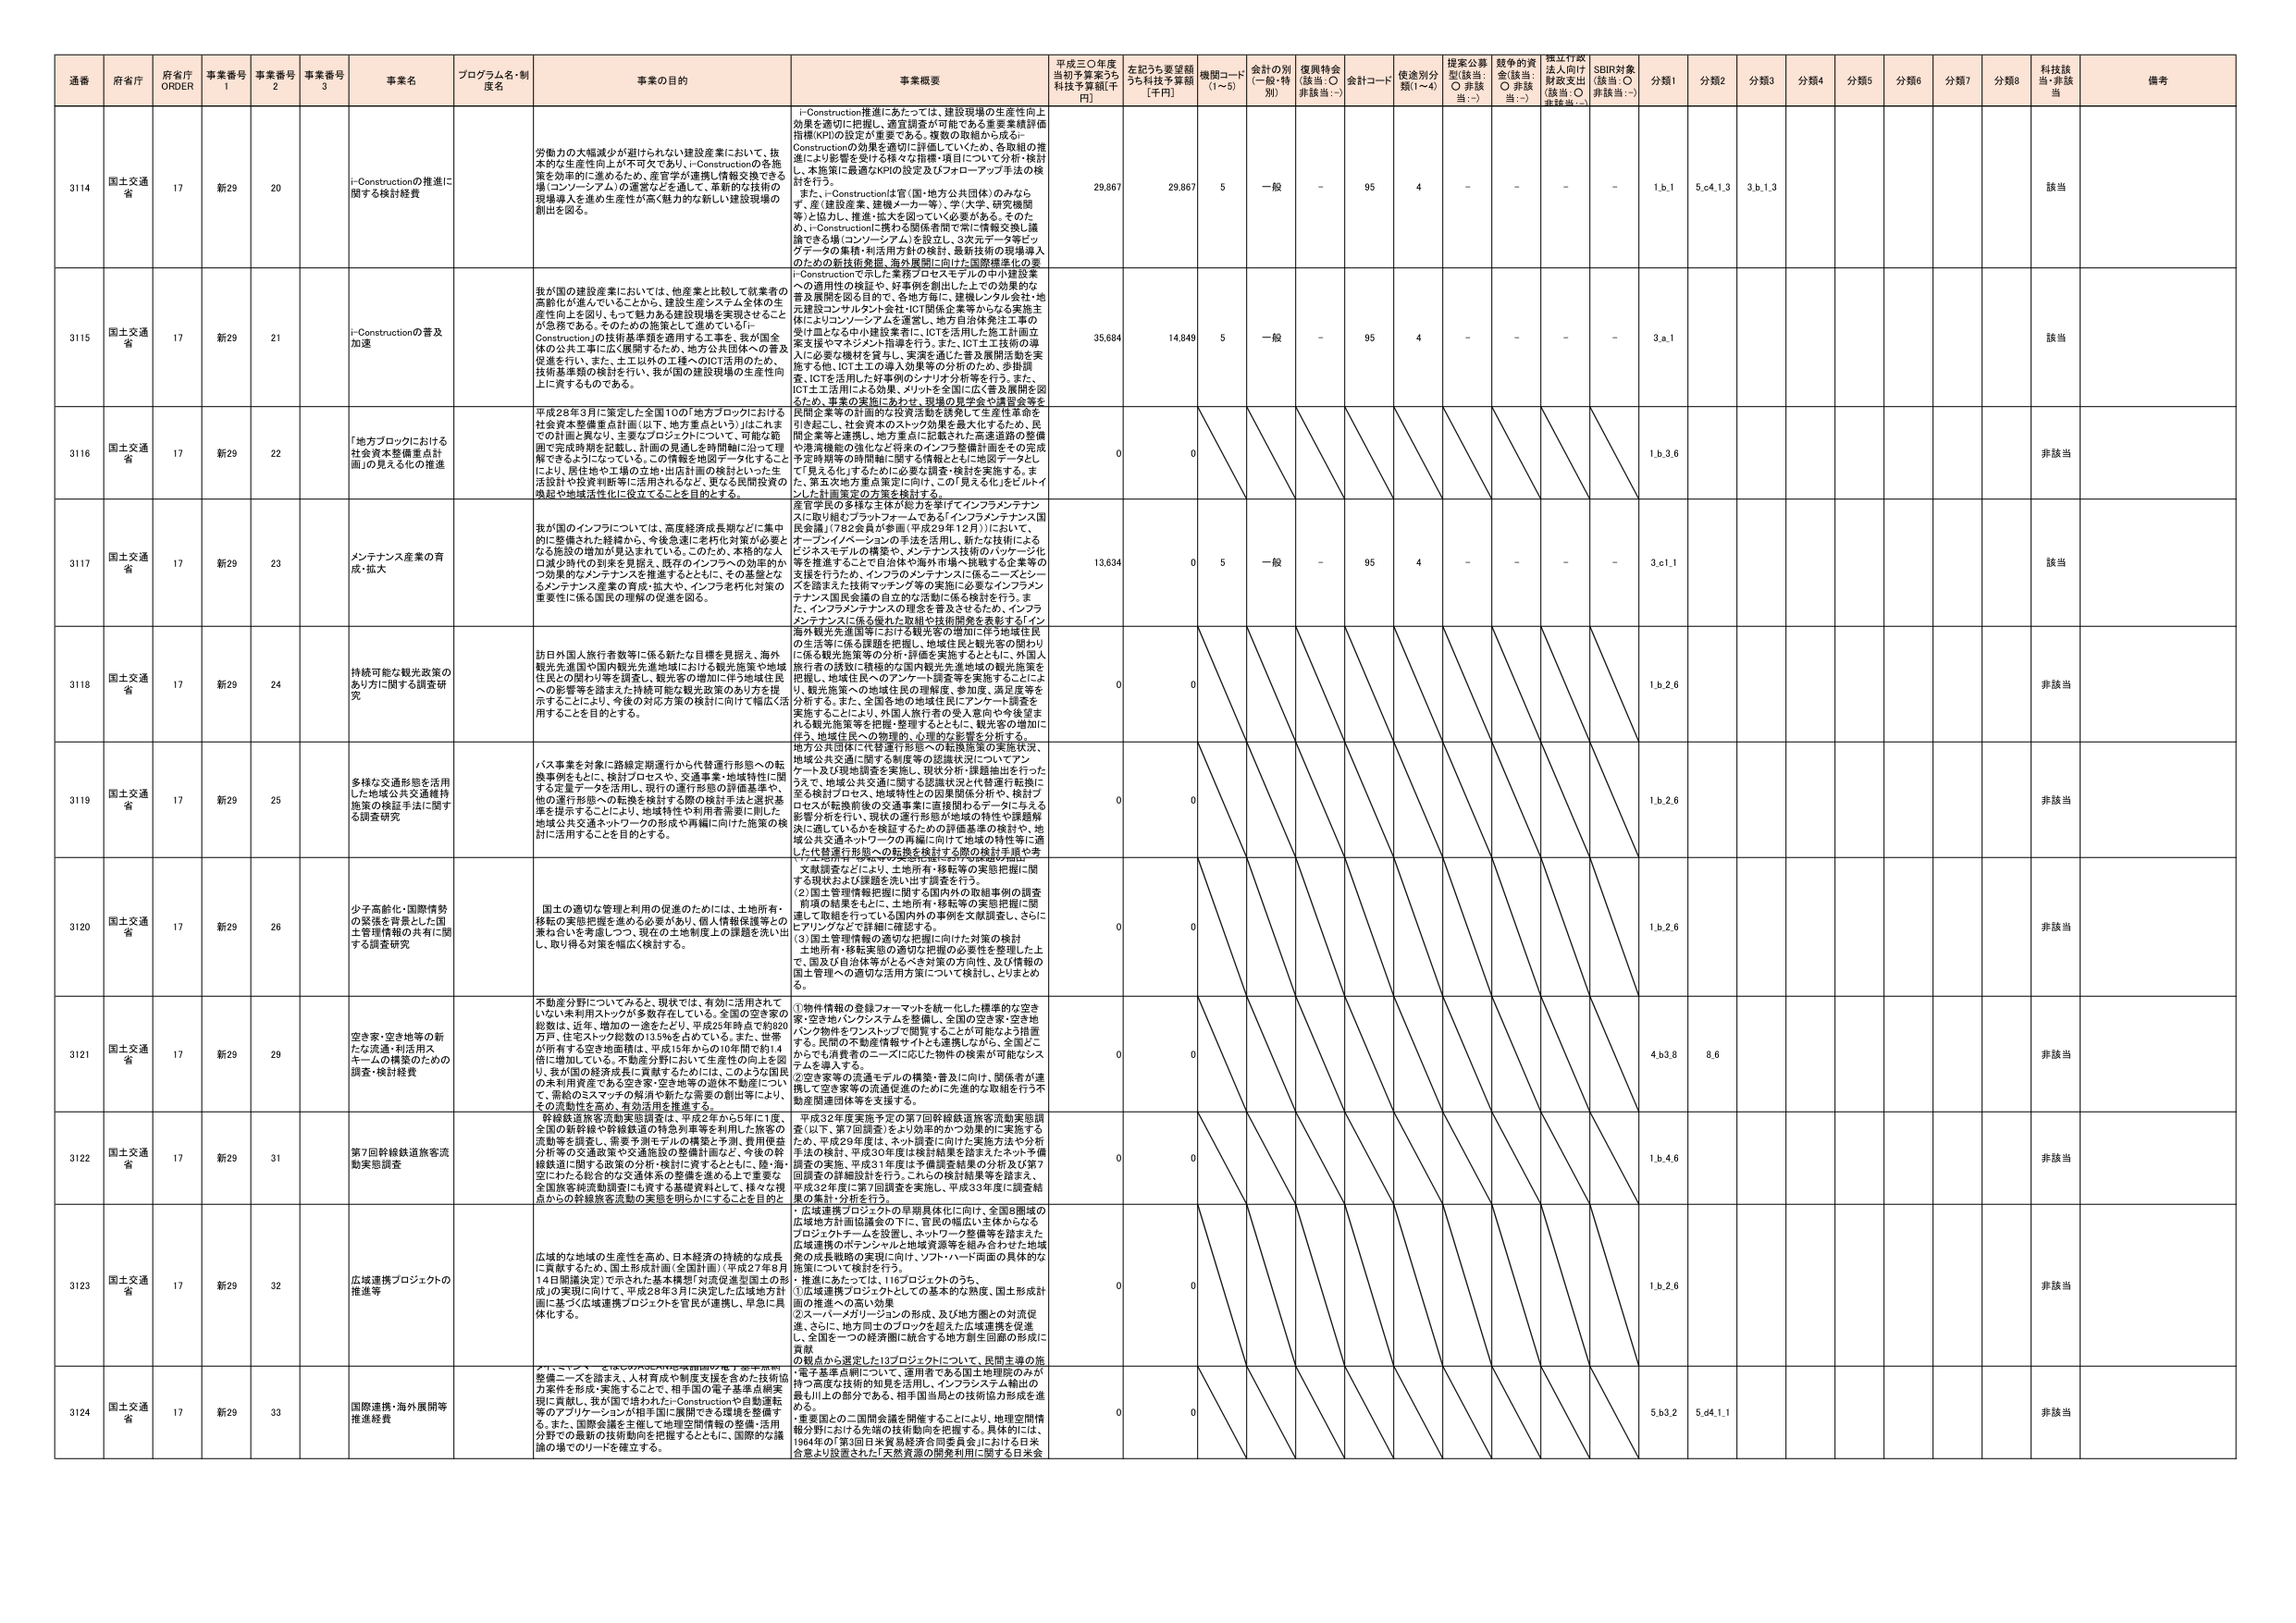
通番 府省庁 府省庁 ORDER 事業番号 1 事業番号 2 事業番号 3 事業名 プログラム名・制度名 事業の目的 事業概要 平成三〇年度当初予算案うち科技予算額[千円] 左記うち要望額うち科技予算額[千円] 機関コード(1～5) 会計の別(一般・特別) 復興特会(該当:○ 非該当:－) 会計コード 使途別分類(1～4) 提案公募型(該当:○ 非該当:－) 競争的資金(該当:○ 非該当:－) 標江行政法人向け財政支出(該当:○ 非該当:－) SDBI対象(該当:○ 非該当:－) 分類1 分類2 分類3 分類4 分類5 分類6 分類7 分類8 科技該当・非該当 備考

3114 国土交通省 17 新29 20 i-Constructionの推進に関する検討経費 i-Construction推進にあたっては、建設現場の生産性向上効果を適切に把握し、適宜調査が可能である重要業績評価指標(KPI)の設定が重要である。複数の取組から成るi-Constructionの効果を適切に評価していくため、各取組の推進により影響を受ける様々な指標・項目について分析・検討し、本施策に最適なKPIの設定及びフォローアップ手法の検討を行う。 また、i-Constructionは官(国・地方公共団体)のみならず、産(建設産業、建築メーカー等)、学(大学、研究機関等)と協力し、推進・拡大を図っていく必要がある。そのため、i-Constructionに携わる関係者間で常に情報交換し議論できる場(コンソーシアム)を設立し、3次元データ等ビッグデータの集積・利活用方針の検討、最新技術の現場導入のための技術支援、海外展開に向けた国際標準化の要請、i-Constructionで示した業務プロセスモデルの中小建設業への適用性の検証や、好事例を創出したことでの効果的な普及展開を図る目的で、各地方局に、建機レンタル会社・地元建設コンサルタント会社・ICT関係企業等からなる実施主体によりコンソーシアムを運営し、地方自治体発注工事の受け皿となる中小建設業者に、ICTを活用した施工計画立案支援やマネジメント指導を行う。また、ICT土工技術の導入に必要な機材を貸与し、実演を通じた普及展開活動を実施する他、ICT土工の導入効果等の分析のため、歩幅調査、ICTを活用した好事例のシナリオ分析等を行う。また、ICT土工活用による効果、メリットを全国に広く普及展開を図るため、事業の実施にあわせ、現場の見学会や講習会等を民間企業等の計画的投資誘発を誘発して生産性革命を引き起こし、社会資本のストック効果を最大化するため、民間企業等と連携し、地方重点に記載された高速道路の整備や港湾機能の強化など将来のインフラ整備計画をその完成予定時期等の時間軸に関する情報をともに地図データとして「見える化」するために必要な調査・検討を実施する。また、第五次地方重点策定に向け、この「見える化」をビルトインした計画策定の方策を検討する。 29,867 29,867 5 一般 － 95 4 － － － － 1.b.1 5.c4.1.3 3.b.1.3 該当

3115 国土交通省 17 新29 21 i-Constructionの普及加速 我が国の建設産業においては、他産業と比較して就業者の高齢化が進んでいることから、建設生産システム全体の生産性向上を図り、もって魅力ある建設現場を実現させることが必要である。そのための施策として進めているi-Constructionの技術基準等を適用することを、我が国全体の公共工事に広く展開するため、地方公共団体への普及促進を行い、また、土工以外の工種へのICT活用のため、技術基準等の検討を行い、我が国の建設現場の生産性向上に資するものである。 35,684 14,849 5 一般 － 95 4 － － － － 3.a.1 該当

3116 国土交通省 17 新29 22 「地方ブロックにおける社会資本整備重点計画」の見える化の推進 平成28年3月に策定した全国10の「地方ブロックにおける社会資本整備重点計画（以下、地方重点という）」はこれまでの計画と異なり、主要なプロジェクトについて、可能な範囲で完成時期を記載し、計画の見通しを時間軸に沿って理解できるようになっている。この情報を地図データ化することにより、居住地や工場の立地・出店計画の検討といった生活設計や投資判断等に活用されるなど、更なる民間投資の喚起や地域活性化に役立てることを目的とする。 0 0 1.b.3.6 非該当

3117 国土交通省 17 新29 23 メンテナンス産業の育成・拡大 我が国のインフラについては、高度経済成長期などに集中的に整備された経緯から、今後急速に老朽化対策が必要となる施設の増加が見込まれている。このため、本格的な人口減少時代の到来を見据え、既存のインフラへの効率的かつ効果的なメンテナンスを推進するとともに、その基盤となるメンテナンス産業の育成・拡大や、インフラ老朽化対策の重要性に係る国民の理解の促進を図る。 産官学民の多様な主体が総力を挙げてインフラメンテナンスに取り組むプラットフォームである「インフラメンテナンス国民会議」（782会員が参画）（平成29年12月）において、オープンイノベーションの手法を活用し、新たな技術によるビジネスモデルの構築や、メンテナンス技術のパッケージ化等を推進することで自治体や海外市場へ挑戦する企業等の支援を行うため、インフラのメンテナンスに係るニーズとシーズを踏まえた技術マッチング等の実施に必要なインフラメンテナンス国民会議の自立的な活動に係る検討を行う。また、インフラメンテナンスの理念を普及させるため、インフラメンテナンスに係る優れた取組や技術開発を表彰する「インフラ賞」や観光先進国等における観光客の増加に伴う地域住民の生活等に係る課題を把握し、地域住民と観光客の関わりに係る観光施策等の分析・評価を実施するとともに、外国人旅行者の段数に積極的な国内観光先進地域の観光施策を把握し、地域住民へのアンケート調査等を実施することにより、観光施策への地域住民の理解度、参加度、満足度等を分析する。また、全国各地の地域住民にアンケート調査を実施することにより、外国人旅行者の受入意向や今後望まれる観光施策等を把握・整理するとともに、観光客の増加に伴う、地域住民への物理的、心理的な影響を分析する。 13,634 0 5 一般 － 95 4 － － － － 3.c.1.1 該当

3118 国土交通省 17 新29 24 持続可能な観光政策のあり方に関する調査研究 訪日外国人旅行者数等に係る新たな目標を見据え、海外観光先進国や国内観光先進地域における観光施策や地域住民との関わり等を調査し、観光客の増加に伴う地域住民への影響等を踏まえた持続可能な観光政策のあり方を提言することにより、今後の対応方策の検討に向けて幅広く活用することを目的とする。 0 0 1.b.2.6 非該当

3119 国土交通省 17 新29 25 多様な交通形態を活用した地域公共交通維持施策の検証手法に関する調査研究 バス事業を対象に路線定期運行から代替運行形態への転換事例をもとに、検討プロセスや、交通事業・地域特性に関する定量データを活用し、現行の運行形態の評価基準や、他の運行形態への転換を検討する際の検討手法と選択基準を提示することにより、地域特性や利用者需要に則した地域公共交通ネットワークの再編や再編に向けた施策の検討に活用することを目的とする。 0 0 1.b.2.6 非該当

3120 国土交通省 17 新29 26 少子高齢化・国際情勢の緊張を背景とした国土管理情報の共有に関する調査研究 国土の適切な管理と利用の促進のためには、土地所有・移転の実態把握を進める必要があり、個人情報保護等との兼ね合いを考慮しつつ、現在の土地制度上の課題を洗い出し、取り得る対策を幅広く検討する。 文献調査などにより、土地所有・移転等の実態把握に関する現状および課題を洗い出す調査を行う。 (2)国土管理情報把握に関する国内外の取組事例の調査 項目の結果をもとに、土地所有・移転等の実態把握に関連して取組を行っている国内外の事例を文献調査し、さらにヒアリングなどを詳細に調査する。 (3)国土管理情報の適切な把握に向けた対策の検討 土地所有・移転実態の適切な把握の必要性を整理した上で、国及び自治体等がとるべき対策の方向性、及び情報の国土管理への適切な活用方策について検討し、とりまとめる。 0 0 1.b.2.6 非該当

3121 国土交通省 17 新29 29 空き家・空き地等の新たな流通・利活用スキームの構築のための調査・検討経費 不動産分野についてみると、現状では、有効に活用されていない未利用ストックが多数存在している。全国の空き家の総数は、近年、増加の一途をたどり、平成25年時点で約820万戸、住宅ストック総数の13.5%を占めている。また、世帯が所有する空き地面積は、平成15年から約10年間で約1.4倍に増加している。不動産分野において生産性の向上を図り、我が国の経済成長に貢献するためには、このような国民の未利用資産である空き家・空き地等の遊休不動産について、需給のミスマッチの解消や新たな需要の創出等により、その流動性を高め、有効活用を推進する。 ①物件情報の登録フォーマットを統一化した標準的な空き家・空き地バンクシステムを整備し、全国の空き家・空き地バンク物件をワンストップで閲覧することが可能となる措置する。民間の不動産情報サイトとも連携しながら、全国どこからでも消費者のニーズに応じた物件の検索が可能なシステムを導入する。 ②空き家等の流通モデルの構築・普及に向け、関係者が連携して空き家等の流通促進のために先進的な取組を行う不動産関連団体等を支援する。 0 0 4.b3.8 8.6 非該当

3122 国土交通省 17 新29 31 第7回幹線鉄道旅客流動実態調査 幹線鉄道旅客流動実態調査は、平成2年から5年に1度、全国の幹幹線や幹線鉄道の特急列車等を利用した旅客の流動等を調査し、需要予測モデルの構築と予測、費用便益分析等の交通政策や交通施設の整備計画など、今後の幹線鉄道に関する政策の分析・検討に資するとともに、陸・海・空にわたる総合的な交通体系の整備を進める上で重要な全国旅客純流動調査にも資する基礎資料として、様々な視点からの幹線旅客流動の実態を明らかにすることを目的と 0 0 1.b.4.6 非該当

3123 国土交通省 17 新29 32 広域連携プロジェクトの推進等 広域的な地域の生産性を高め、日本経済の持続的な成長に貢献するため、国土形成計画（全国計画）（平成27年8月14日閣議決定）で示された基本構想「対流促進型国土の形成」の実現に向けて、平成28年3月に決定した広域地方計画に基づく広域連携プロジェクトを官民が連携し、早急に具体化する。 ①広域連携プロジェクトの早期具体化に向け、全国8圏域の広域地方計画協議会の下に、官民の幅広い主体からなるプロジェクトチームを設置し、ネットワーク整備等を踏まえた広域連携のポテンシャルと地域資源等を組み合わせた地域発の成長戦略の実現に向け、ソフト・ハード両面の具体的な施策について検討を行う。 ②推進にあたっては、116プロジェクトのうち、①広域連携プロジェクトとしての基本的な制度、国土形成計画の推進への高い効果 ②スーパーメガリージョンの形成、及び地方圏との対流促進、さらに、地方同士のブロックを超えた広域連携を促進し、全国を一つの経済圏に統合する地方創生同潤の形成に貢献 ③観点から選定した13プロジェクトについて、民間主導の施策や基準活用について、運用面でも全国土地理院の人が持つ高度な技術的知見を活用し、インフラシステム輸出の最も早いこの部分である、相手国当局との技術協力形成を進める。 0 0 1.b.2.6 非該当

3124 国土交通省 17 新29 33 国際連携・海外展開等推進経費 整備ニーズを踏まえ、人材育成や制度支援を含めた技術協力案件を形成・実施することで、相手国の電子基準点網実現に貢献し、我が国では行われているi-Constructionの自動運転等のアプリケーションが相手国に展開できる環境を整備する。また、国際会議を主催して地理空間情報の整備・活用分野での最新の技術動向を把握するとともに、国際的な議論の場でのリードを確立する。 ①重要国との二国間会議を開催することにより、地理空間情報分野における先端の技術動向を把握する。具体的には、1964年の「第3回日米貿易経済合同委員会」における日米合意より設置された「天然資源の開発利用に関する日米会 0 0 5.b3.2 5.d4.1.1 非該当